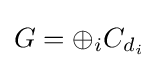
G=\oplus _{i}C_{d_{i}}